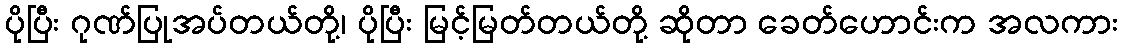
ပိုပြီး ဂုဏ်ပြုအပ်တယ်တို့၊ ပိုပြီး မြင့်မြတ်တယ်တို့ ဆိုတာ ခေတ်ဟောင်းက အလကား